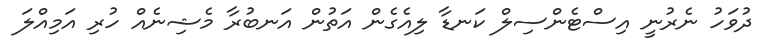
ދުވަހު ނެރުނީ އިސްޓެންސިލް ކަނޑާ ލިއެގެން އަތުން އަނބުރާ މެޝިނެއް ހުރި އަމިއްލަ